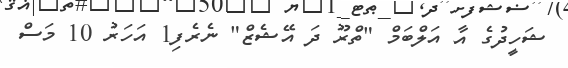
ޝަހީދުގެ އާ އަލްބަމް "ތްރޫ ދަ އޭޝެޒް" ނެރެފި1 އަހަރު 10 މަސް